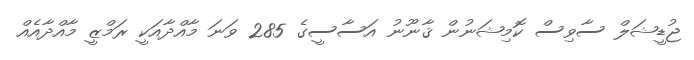
ޖުޑީޝަލް ސާވިސް ކޮމިޝަނުން ޤާނޫނު އަސާސީގެ 285 ވަނަ މާއްދާއަކީ ރަމްޒީ މާއްދާއެއް